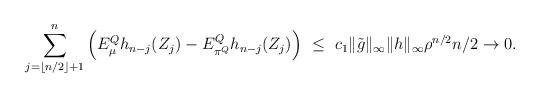
LaTeX: \begin{align*}\sum_{j={\lfloor n/2 \rfloor +1}}^n \left ( E_{\mu}^Q h_{n-j} (Z_j) - E_{\pi^Q}^Q h_{n-j} (Z_j) \right)\ \le \ c_1 \|\tilde g\|_\infty\|h\|_\infty \rho^{n/2}n/2 \to 0.\end{align*}